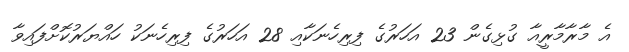
އެ މާރާމާރީއާ ގުޅިގެން 23 އަހަރުގެ ފިރިހެނަކާއި 28 އަހަރުގެ ފިރިހެނަކު ހައްޔަރުކޮށްފައިވާ